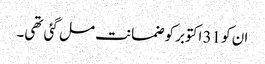
ان کو 31 اکتوبر کو ضمانت مل گئی تھی۔